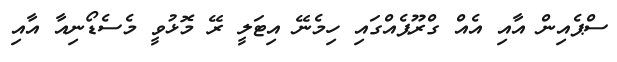
ސްޕެއިން އާއި އެއް ގްރޫޕެއްގައި ހިމެނޭ އިޓަލީ ރޭ މޮޅުވީ މެސެޑޯނިއާ އާއި